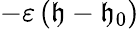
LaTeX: -\varepsilon\left(\mathfrak{h}-\mathfrak{h}_{0}\right)